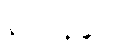
နာဘိနန္ဒာမိ